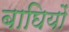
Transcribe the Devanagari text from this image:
बाघियों